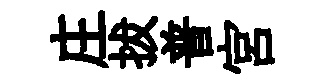
庄拔普宮